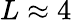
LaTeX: L\approx 4